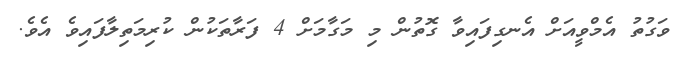
ވަގުތު އެމްވީއަށް އެނގިފައިވާ ގޮތުން މި މަގާމަށް 4 ފަރާތަކުން ކުރިމަތިލާފައިވެ އެވެ.